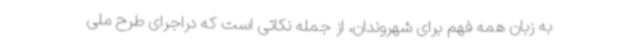
به زبان همه ‌فهم برای شهروندان، از جمله نکاتی است که دراجرای طرح ملی